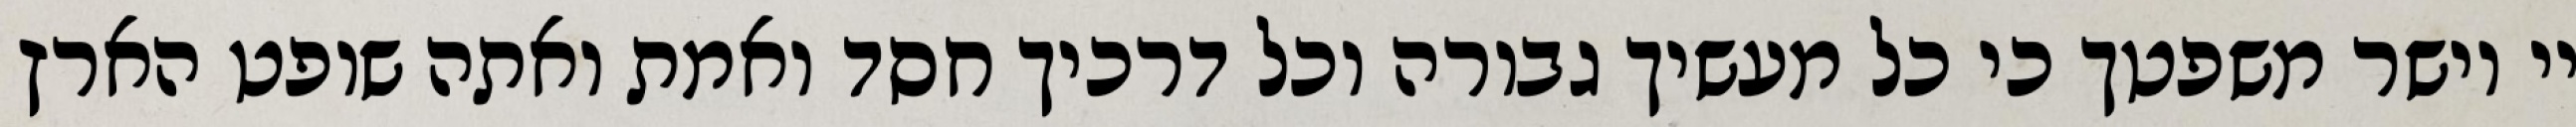
יי וישר משפטך כי כל מעשיך גבורה וכל דרכיך חסד ואמת ואתה שופט הארץ